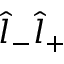
\hat { l } _ { - } \hat { l } _ { + }